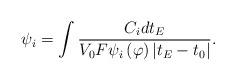
LaTeX: \begin{align*}\psi _i=\int \frac{C_idt_E}{V_0F\psi _i\left( \varphi \right) \left|t_E-t_0\right| }. \end{align*}